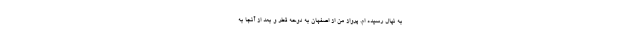
به نپال رسیده ام. پرواز من از اصفهان به دوحه قطر و بعد از آنجا به